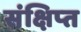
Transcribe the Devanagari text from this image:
संक्षिप्‍त